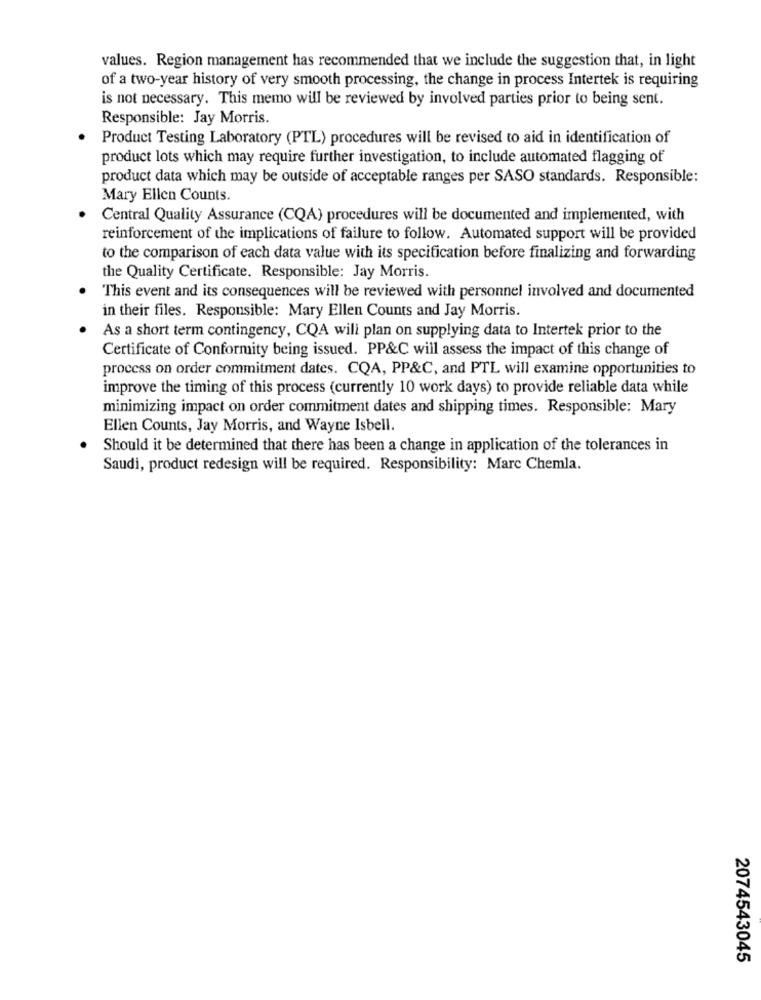
values. Region management has recommended that we include the suggestion that, in light
of a two-year history of very smooth processing, the change in process Intertek is requiring
is not necessary. This memo will be reviewed by involved parties prior to being sent.
Responsible: Jay Morris.
Product Testing Laboratory (PTL) procedures will be revised to aid in identification of
product lots which may require further investigation, to include automated flagging of
product data which may be outside of acceptable ranges per SASO standards. Responsible:
Mary Ellen Counts.
Central Quality Assurance (CQA) procedures will be documented and implemented, with
reinforcement of the implications of failure to follow. Automated support will be provided
to the comparison of each data value with its specification before finalizing and forwarding
the Quality Certificate. Responsible: Jay Morris.
This event and its consequences will be reviewed with personnel involved and documented
in their files. Responsible: Mary Ellen Counts and Jay Morris.
As a short term contingency, CQA will plan on supplying data to Intertek prior to the
Certificate of Conformity being issued. PP&C will assess the impact of this change of
process on order commitment dates. CQA, PP&C, and PTL will examine opportunities to
improve the timing of this process (currently 10 work days) to provide reliable data while
minimizing impact on order commitment dates and shipping times. Responsible: Mary
Ellen Counts, Jay Morris, and Wayne Isbell.
Should it be determined that there has been a change in application of the tolerances in
Saudi, product redesign will be required. Responsibility: Marc Chemla.
2074543045